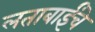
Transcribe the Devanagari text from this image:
लताबाईंचे